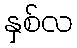
နှစ်လ